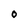
Character: 0